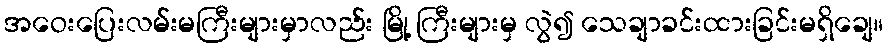
အဝေးပြေးလမ်းမကြီးများမှာလည်း မြို့ ကြီးများမှ လွဲ၍ သေချာခင်းထားခြင်းမရှိချေ။